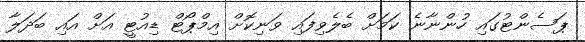
ޕަސެންޓުގައި ހުންނާނެ ކަމަށް ބެލެވިފައި ވަނިކޮށް އިމްޕޯޓް ޑިއުޓީ އަށް އައި ބަދަލާ